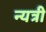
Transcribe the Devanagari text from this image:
न्यत्री